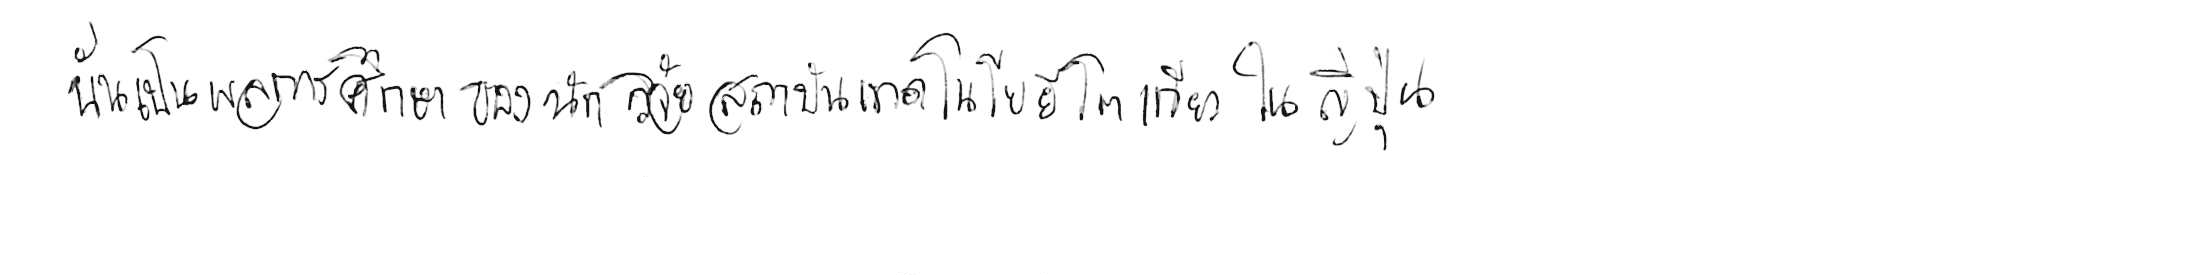
นั่นเป็นผลการศึกษาของนักวิจัยสถาบันเทคโนโลยีโตเกียว ในญี่ปุ่น